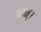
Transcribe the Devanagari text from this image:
माम्।